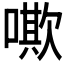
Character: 𠿁